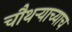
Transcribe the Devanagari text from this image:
चौथर्‍याच्याच